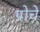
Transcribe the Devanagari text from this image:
पोचे